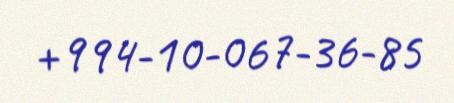
+994-10-067-36-85